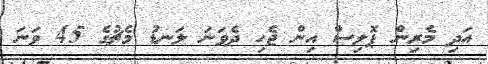
އަދި މެެރިން ޕޮލިސް އިން ޖެހި ދެވަނަ ލަނޑު މެޗުގެ 45 ވަނަ